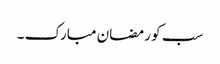
سب کو رمضان مبارک ۔